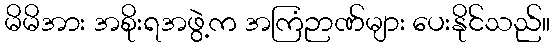
မိမိအား အစိုးရအဖွဲ့က အကြံဉာဏ်များ ပေးနိုင်သည်။